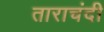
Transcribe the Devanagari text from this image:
ताराचंदी